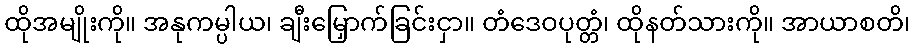
ထိုအမျိုးကို။ အနုကမ္ပါယ၊ ချီးမြှောက်ခြင်းငှာ။ တံဒေဝပုတ္တံ၊ ထိုနတ်သားကို။ အာယာစတိ၊